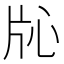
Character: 𬌓